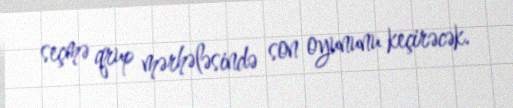
seçmə qrup mərhələsində son oyununu keçirəcək.